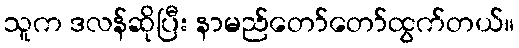
သူက ဒလန်ဆိုပြီး နာမည်တော်တော်ထွက်တယ်။